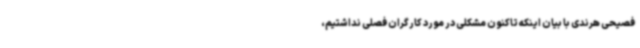
فصیحی هرندی با بیان اینکه تاکنون مشکلی در مورد کارگران فصلی نداشتیم،